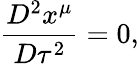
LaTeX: \frac{D^{2}x^{\mu}}{D\tau^{2}}=0,